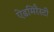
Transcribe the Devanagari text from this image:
ऐडमिरैस्टी